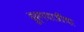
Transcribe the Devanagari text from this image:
दुर्गयात्रींचा